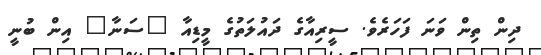
ދިން ތިން ވަނަ ފަހަރެވެ. ސީރިއާގެ ދައުލަތުގެ މީޑިއާ "ސަނާ" އިން ބުނީ